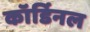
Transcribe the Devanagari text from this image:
कॉर्डिनल